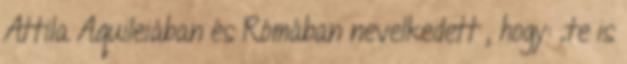
Attila Aquileiában és Rómában nevelkedett , hogy: „te is